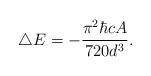
LaTeX: \begin{align*}\bigtriangleup E=-{\pi^{2}{\hbar}c A \over 720 d^{3}} .\end{align*}